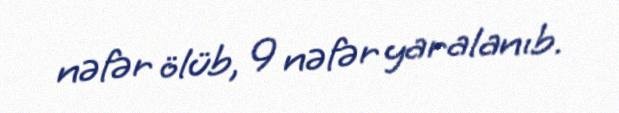
nəfər ölüb, 9 nəfər yaralanıb.